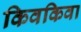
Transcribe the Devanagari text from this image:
किवकिवा